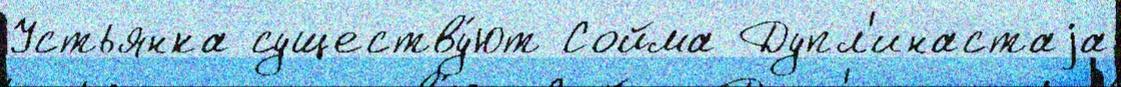
Устьянка существу́ют Сойма Дупл'инастаjа